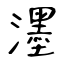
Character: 濹